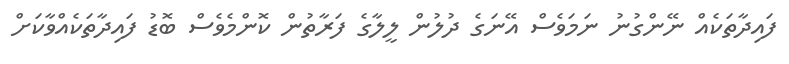
ފައިދާތަކެއް ނޭންގުނު ނަމަވެސް އޭނަގެ ދުލުން ލީލާގެ ފަރާތުން ކޮންމެވެސް ބޮޑު ފައިދާތަކެއްވާކަށް